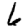
Digit: 6